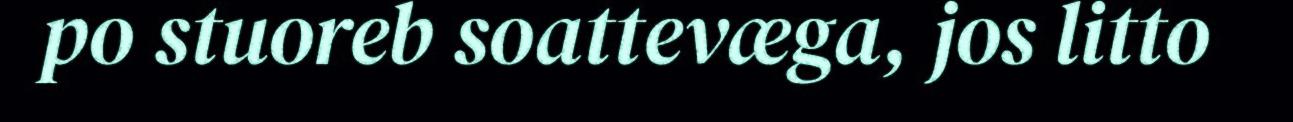
po stuoreb soattevæga, jos litto